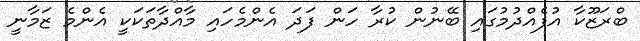
ބްރަޒޫކާ އުފެއްދުމުގައި ބޭނުން ކުރާ ހަން ފަދަ އެންމެހައި މާއްދާތަކަކީ އެންމެ ޒަމާނީ